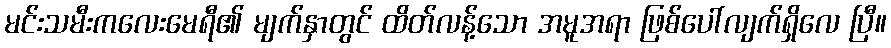
မင်းသမီးကလေးမေရီ၏ မျက်နှာတွင် ထိတ်လန့်သော အမူအရာ ဖြစ်ပေါ်လျက်ရှိလေ ပြီ။